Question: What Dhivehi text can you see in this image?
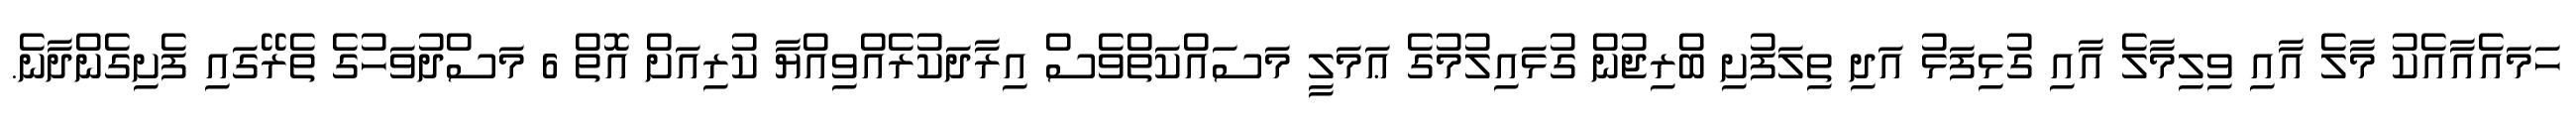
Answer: ހަމައެއާއެކު މާލެ އާއި ވިލިމާލެ އާއި ގުޅިފަޅު އަދި ތިލަފުށި ބްރިޖުން ގުޅައިލުމުގެ ޢަމަލީ މަސައްކަތްވެސް އިރާދަކުރެއްވިއްޔާ ކުރިއަށް އޮތް 6 މަސްދުވަހުގެ ތެރޭގައި ފެށިގެންދާނެ.